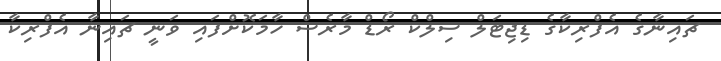
ޗައިނާގެ އެފްރިކާގެ ޑިޖިޓަލް ސިލްކް ރޯޑް މާރެސް ހާމަކޮށްފައި ވަނީ ޗައިނާ އެފްރިކާ